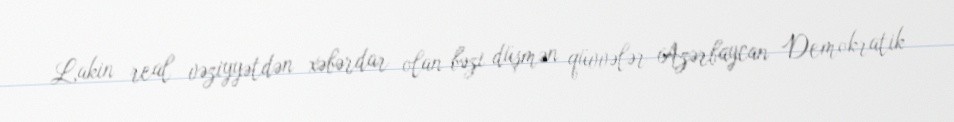
Lakin real vəziyyətdən xəbərdar olan bəzi düşmən qüvvələr Azərbaycan Demokratik